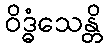
ဝိဒ္ဓံသေန္တိ